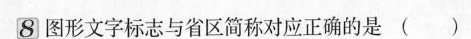
8图形文字标志与省区简称对应正确的是( )